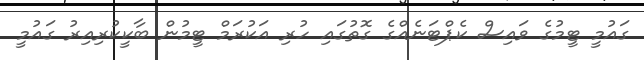
ގައުމީ ޓީމުގެ ވައިސް ކެޕްޓަނެއްގެ ގޮތުގައި ހުރި އަކުރަމް ޓީމުން ބާކީކުރިއިރު ގައުމީ